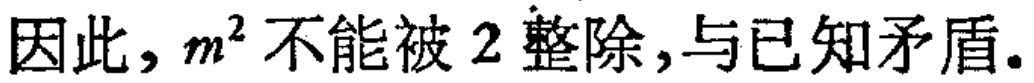
因此，$m^{2}$不能被$2$整除，与已知矛盾。